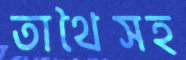
তাথৈসহ